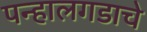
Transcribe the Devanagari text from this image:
पन्हालगडाचे